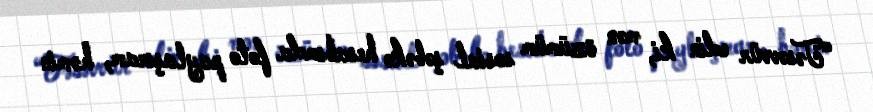
“Təsəvvür edin ki, mən özümüm sosial şəbəkə hesabımda foto paylaşıram, həmin